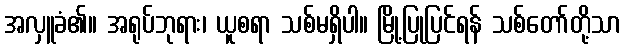
အလှူခံ၏။ အရုပ်ဘုရား၊ ယူစရာ သစ်မရှိပါ။ မြို့ပြုပြင်ရန် သစ်တော်တို့သာ